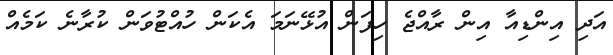
އަދި އިންޑިއާ އިން ރާއްޖެ ހިފަން އުޅޭނަމަ އެކަން ހުއްޓުވަން ކުރާނެ ކަމެއް